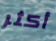
أكثر